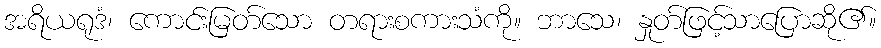
အရိယရုဒံ၊ ကောင်းမြတ်သော တရားစကားသံကို။ ဘာသေ၊ နှုတ်ဖြင့်သာပြောဆို၏။